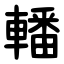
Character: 轓